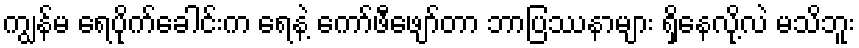
ကျွန်မ ရေပိုက်ခေါင်းက ရေနဲ့ ကော်ဖီဖျော်တာ ဘာပြဿနာများ ရှိနေလို့လဲ မသိဘူး